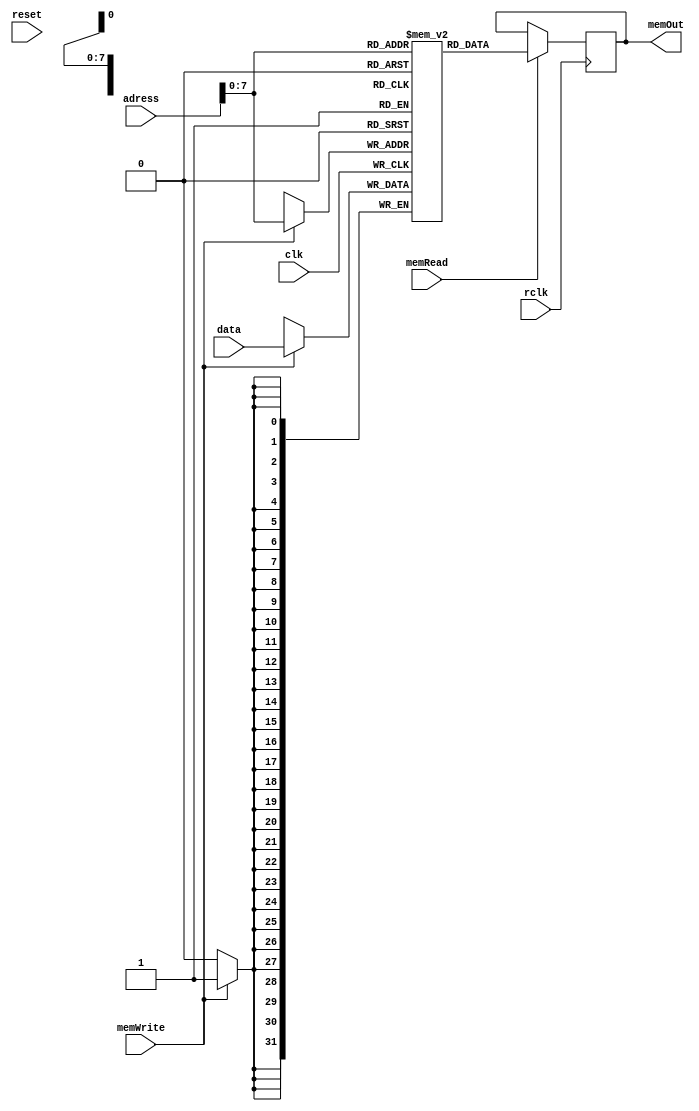
module memory(adress, data, memOut, memRead, memWrite, clk, reset, rclk);
	input [31:0] adress;				//Endereo de escrite e leitura
	input [31:0] data;					//Dado a ser escrito
	input memWrite;						//Bit de controle de escrita
	input memRead;						//Bit de controle de leitura
	input clk;
	input rclk;
	input reset;
	output reg [31:0] memOut;			//Saida do dado lido
	reg [31:0] ram[199:0];				//Memoria
	initial begin
		ram[32'd0] = {6'b111111, 26'd107}; //jump to main
		ram[32'd105] = 32'd5;//valores do programa
		ram[32'd106] = 32'd4;//valores do programa
		ram[32'd107] = {6'b001000, 5'b00000, 5'b00010, 16'd105}; //lw
		ram[32'd108] = {6'b001000, 5'b00000, 5'b00011, 16'd106}; //lw
		ram[32'd109] = {6'b000000, 5'b00010, 5'b00011, 5'b00100, 5'b00000, 6'b000000};	//add
		ram[32'd110] = {6'b101000, 5'b00100, 5'b00100, 16'd0};
		ram[32'd111] = {6'b111111, 26'd107};
	end
	always @(posedge clk) begin
		if(memWrite)
			ram[adress] <= data;			//Escrita na memoria		
	end
	always @(posedge rclk) begin
		if(memRead)
			memOut <= ram[adress];			//Leitura da memoria
	end
endmodule